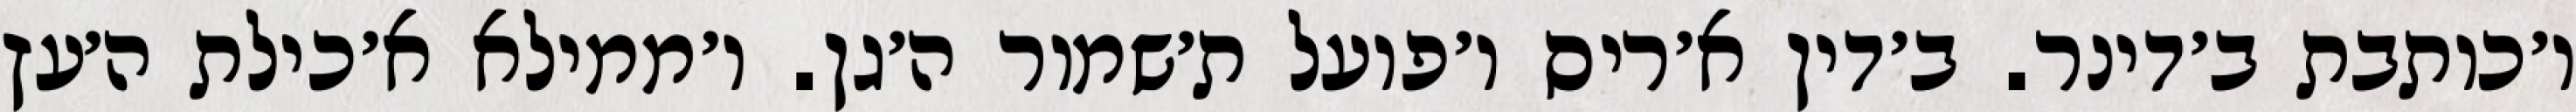
ו׳כותבת ב׳דינר. ב׳דין א׳ריס ו׳פועל ת׳שמור ה׳גן. ו׳ממילא א׳כילת ה׳עץ